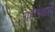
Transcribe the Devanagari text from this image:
ग्रहापेक्षाही